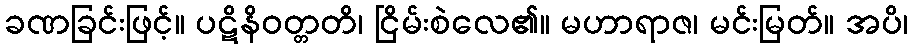
ခဏခြင်းဖြင့်။ ပဋိနိဝတ္တတိ၊ ငြိမ်းစဲလေ၏။ မဟာရာဇ၊ မင်းမြတ်။ အပိ၊